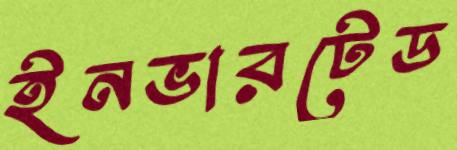
ইনভারটেড